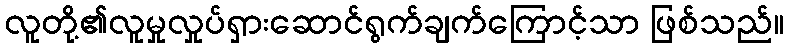
လူတို့၏လူမှုလှုပ်ရှားဆောင်ရွက်ချက်ကြောင့်သာ ဖြစ်သည်။